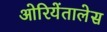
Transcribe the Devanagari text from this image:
ओरियेंतालेस